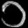
Digit: ၁